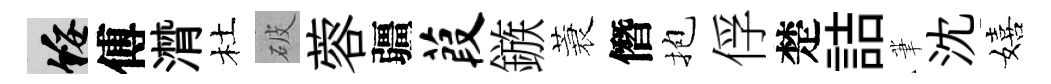
綏傅潸杜破蓉疆葭鏃蓑僭抱俘楚詰茟沈嬉